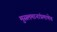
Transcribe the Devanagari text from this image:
मुसलमानांप्रमाणेच